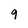
Character: 9